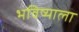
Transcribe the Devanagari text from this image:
भविष्याला